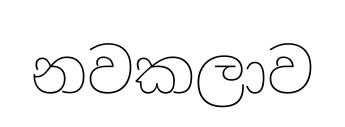
නවකලාව